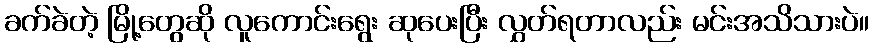
ခက်ခဲတဲ့ မြို့တွေဆို လူကောင်းရွေး ဆုပေးပြီး လွှတ်ရတာလည်း မင်းအသိသားပဲ။